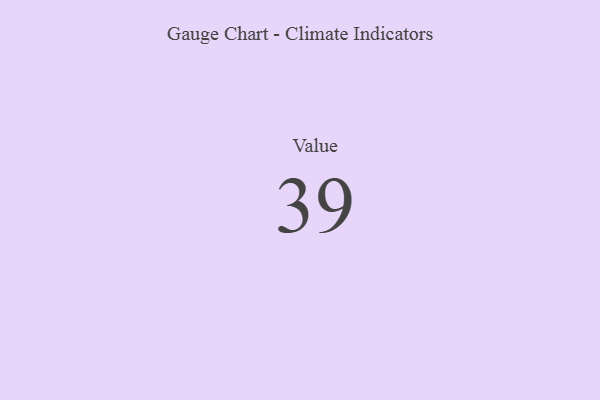
{"axis": {"x": "Metric", "y": "Value"}, "legend": [""], "data": [{"x": "Value", "y": 39, "type": ""}]}